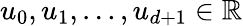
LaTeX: u_{0},u_{1},\ldots,u_{d+1}\in\mathbb{R}